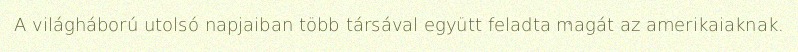
A világháború utolsó napjaiban több társával együtt feladta magát az amerikaiaknak.